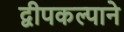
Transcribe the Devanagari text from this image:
द्वीपकल्पाने